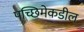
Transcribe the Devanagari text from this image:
पच्छिमेकडील